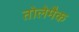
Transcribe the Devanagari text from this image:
तोलेमैक